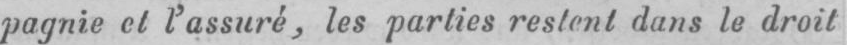
pagnie et l’assuré, les parties restent dans le droit